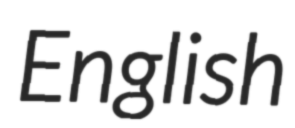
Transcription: English